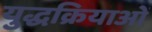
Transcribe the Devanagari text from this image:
युद्धक्रियाओं